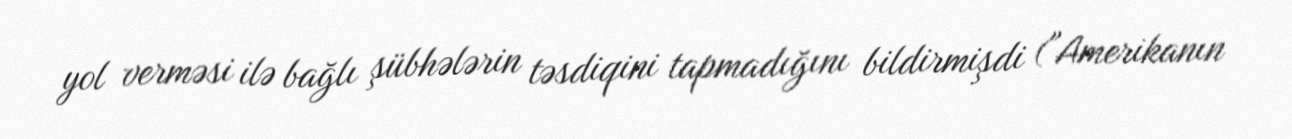
yol verməsi ilə bağlı şübhələrin təsdiqini tapmadığını bildirmişdi ("Amerikanın